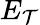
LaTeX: E_{\mathcal{T}}